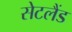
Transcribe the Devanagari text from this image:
सेटलैंड